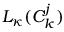
L _ { \kappa } ( C _ { k } ^ { j } )